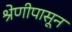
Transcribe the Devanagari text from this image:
श्रेणीपासून